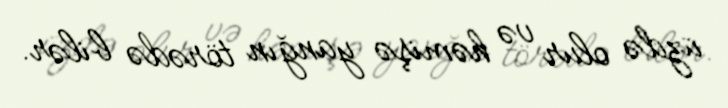
üzdə olur və həmişə yanğın törədə bilər.